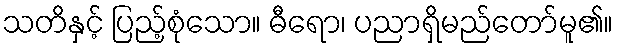
သတိနှင့် ပြည့်စုံသော။ ဓီရော၊ ပညာရှိမည်တော်မူ၏။